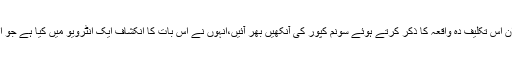
ٹاک شو کے دوران اس تکلیف دہ واقعہ کا ذکر کرتے ہوئے سونم کپور کی آنکھیں بھر آئیں،انہوں نے اس بات کا انکشاف ایک انٹرویو میں کیا ہے جو اب سامنے آیا ہے۔